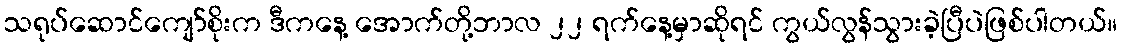
သရုပ်ဆောင်ကျော်စိုးက ဒီကနေ့ အောက်တို့ဘာလ ၂၂ ရက်နေ့မှာဆိုရင် ကွယ်လွန်သွားခဲ့ပြီပဲဖြစ်ပါတယ်။